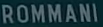
ROMMANI